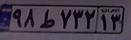
۹۸ط۷۳۲۱۳